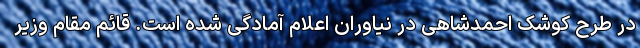
در طرح کوشک احمدشاهی در نیاوران اعلام آمادگی شده است. قائم مقام وزیر